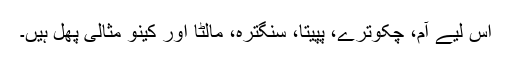
اس لیے آم، چکوترے، پپیتا، سنگترہ، مالٹا اور کینو مثالی پھل ہیں۔